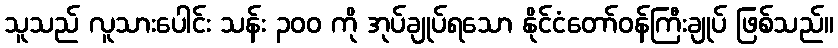
သူသည် လူသားပေါင်း သန်း ၃၀၀ ကို အုပ်ချုပ်ရသော နိုင်ငံတော်ဝန်ကြီးချုပ် ဖြစ်သည်။